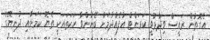
އެގޮތުން ރައީސް ވިދާޅުވީ ކަރަންޓް އުފެއްދުމަށް ބޭނުންވާ ހަކަތައަކީ ތެޔޮ ކަމަށާއި ދުނިޔޭގެ